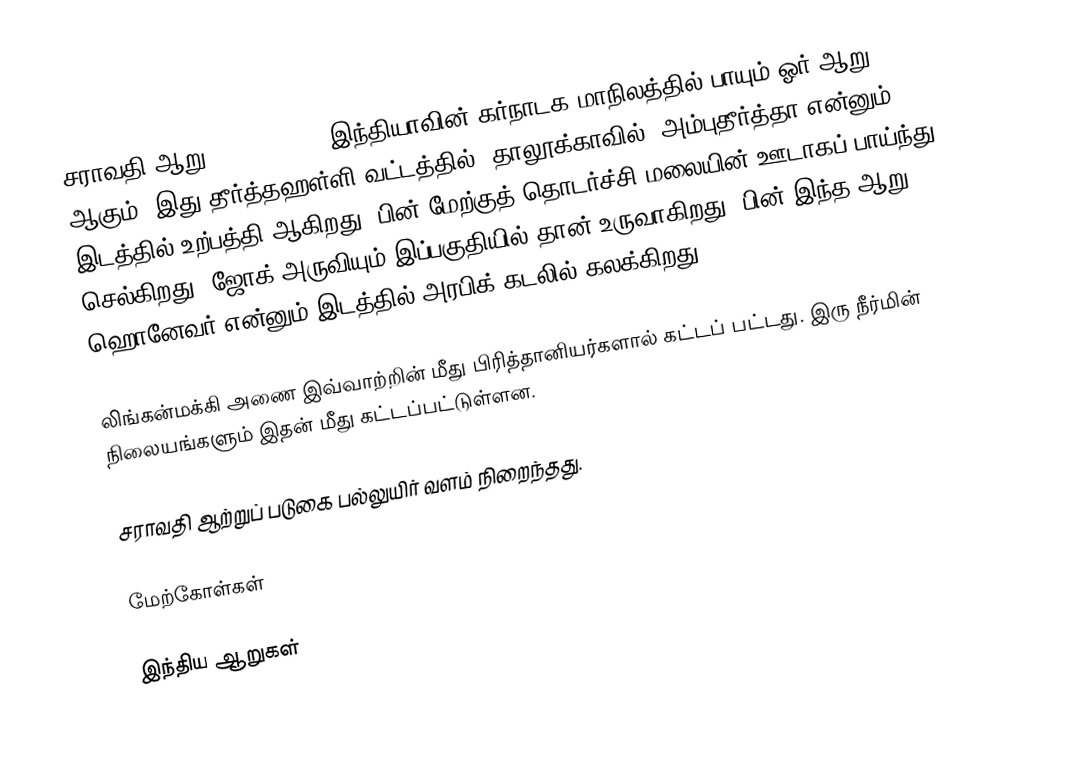
சராவதி ஆறு (Sharavati ) இந்தியாவின் கர்நாடக மாநிலத்தில் பாயும் ஓர் ஆறு ஆகும். இது தீர்த்தஹள்ளி வட்டத்தில் (தாலூக்காவில்) அம்புதீர்த்தா என்னும் இடத்தில் உற்பத்தி ஆகிறது. பின் மேற்குத் தொடர்ச்சி மலையின் ஊடாகப் பாய்ந்து செல்கிறது. ஜோக் அருவியும் இப்பகுதியில் தான் உருவாகிறது. பின் இந்த ஆறு ஹொனேவர் என்னும் இடத்தில் அரபிக் கடலில் கலக்கிறது.

லிங்கன்மக்கி அணை இவ்வாற்றின் மீது பிரித்தானியர்களால் கட்டப் பட்டது. இரு நீர்மின் நிலையங்களும் இதன் மீது கட்டப்பட்டுள்ளன.

சராவதி ஆற்றுப் படுகை பல்லுயிர் வளம் நிறைந்தது.

மேற்கோள்கள்

இந்திய ஆறுகள்